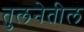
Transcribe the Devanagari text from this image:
तुलनेतील